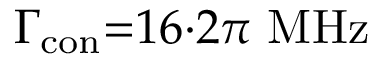
\Gamma _ { \mathrm { c o n } } { = } 1 6 { \cdot } 2 \pi \ \mathrm { M H z }